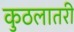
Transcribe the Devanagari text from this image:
कुठलातरी